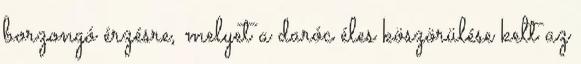
borzongó érzésre, melyet a daróc éles köszörülése kelt az